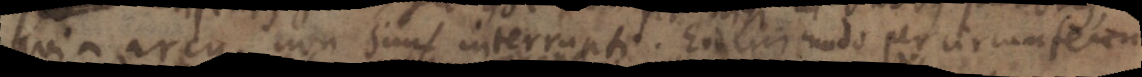
quia arcus, non sint interrupti. Eodem modo per circumferen